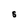
Character: S